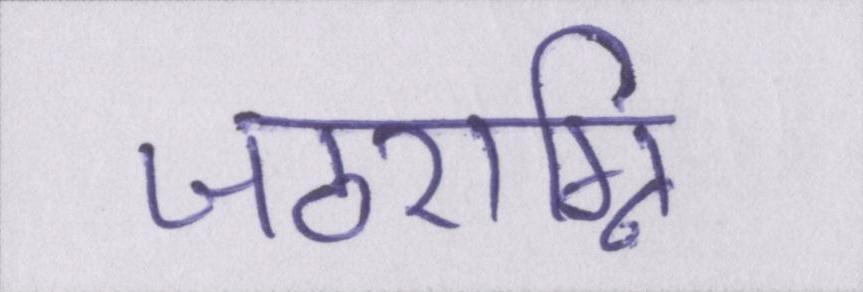
जठराग्नि